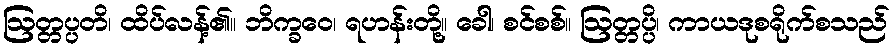
ဩတ္တပ္ပတိ၊ ထိပ်လန့်၏။ ဘိက္ခဝေ၊ ရဟန်းတို့။ ခေါ၊ စင်စစ်။ ဩတ္တပ္ပိ၊ ကာယဒုစရိုက်စသည်